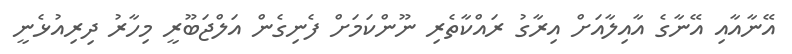
އޭނާއާއި އޭނާގެ އާއިލާއަށް އިރާގު ރައްކާތެރި ނޫންކަމަށް ފެނިގެން އަލްޖަބޫރީ މިހާރު ދިރިއުޅެނީ